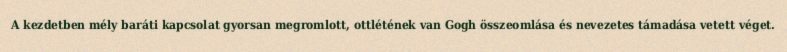
A kezdetben mély baráti kapcsolat gyorsan megromlott, ottlétének van Gogh összeomlása és nevezetes támadása vetett véget.